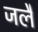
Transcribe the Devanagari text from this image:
जलै